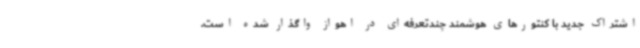
اشتراک جدید با کنتورهای هوشمند چندتعرفه‌ای در اهواز واگذار شده است.